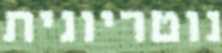
נוטריונית